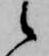
候